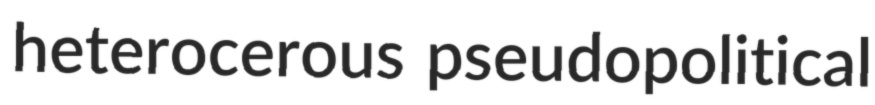
heterocerous pseudopolitical